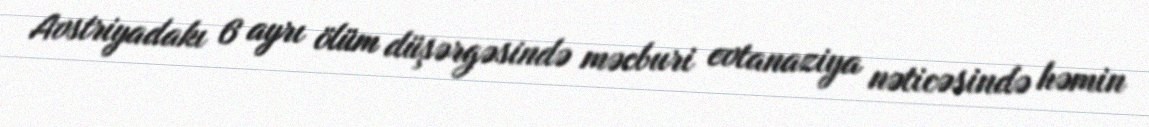
Avstriyadakı 6 ayrı ölüm düşərgəsində məcburi evtanaziya nəticəsində həmin